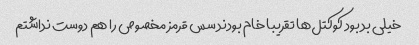
خیلی بد بود کوکتل‌ها تقریبا خام بودند سس قرمز مخصوص را هم دوست نداشتم